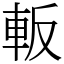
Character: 䡊